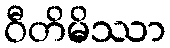
ဝီတိမိဿာ